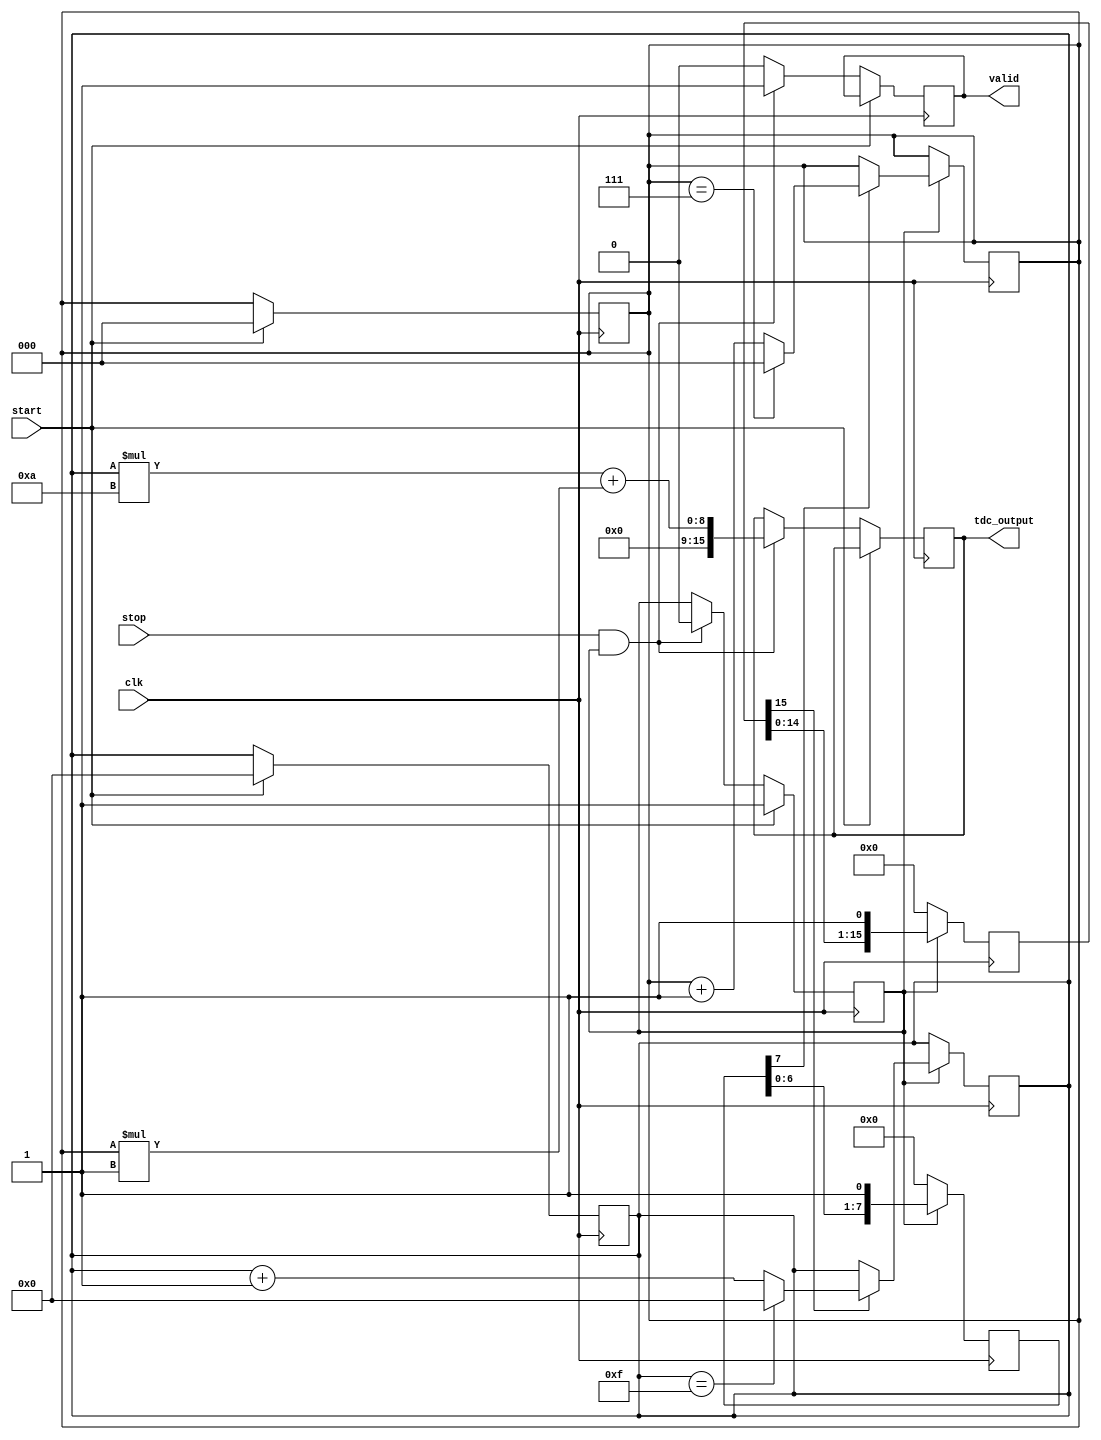
module TDC_Vernier_Delay_Line (
    input wire clk,               // System clock
    input wire start,             // Start pulse
    input wire stop,              // Stop pulse
    output reg [15:0] tdc_output, // 16-bit TDC output
    output reg valid              // Output valid signal
);

    // Parameters for delay line configuration
    parameter COARSE_DELAY_COUNT = 16; // Number of coarse delay elements
    parameter FINE_DELAY_COUNT = 8;     // Number of fine delay elements
    parameter COARSE_DELAY_STEP = 10;   // Coarse delay step in ns
    parameter FINE_DELAY_STEP = 1;      // Fine delay step in ns

    // Internal signals
    reg [3:0] coarse_index; // Index for coarse delay line
    reg [2:0] fine_index;   // Index for fine delay line
    reg measuring;          // Flag to indicate measuring state
    reg [31:0] start_time;  // Start time in clock cycles
    reg [31:0] stop_time;   // Stop time in clock cycles

    // Coarse delay line simulation
    reg [COARSE_DELAY_COUNT-1:0] coarse_delay_line;
    always @(posedge clk) begin
        if (measuring) begin
            coarse_delay_line <= {coarse_delay_line[COARSE_DELAY_COUNT-2:0], 1'b1};
        end else begin
            coarse_delay_line <= 0;
        end
    end

    // Fine delay line simulation
    reg [FINE_DELAY_COUNT-1:0] fine_delay_line;
    always @(posedge clk) begin
        if (measuring) begin
            fine_delay_line <= {fine_delay_line[FINE_DELAY_COUNT-2:0], 1'b1};
        end else begin
            fine_delay_line <= 0;
        end
    end

    // Control logic for start and stop signals
    always @(posedge clk) begin
        if (start) begin
            measuring <= 1'b1;
            coarse_index <= 0;
            fine_index <= 0;
            start_time <= $time; // Capture start time
        end else if (stop && measuring) begin
            measuring <= 1'b0;
            stop_time <= $time; // Capture stop time
            // Calculate the time interval
            tdc_output <= (coarse_index * COARSE_DELAY_STEP) + (fine_index * FINE_DELAY_STEP);
            valid <= 1'b1; // Indicate valid output
        end else begin
            valid <= 1'b0; // Reset valid signal
        end
    end

    // Coarse and fine index update logic
    always @(posedge clk) begin
        if (measuring) begin
            if (coarse_delay_line[COARSE_DELAY_COUNT-1]) begin
                coarse_index <= coarse_index + 1;
                if (coarse_index == COARSE_DELAY_COUNT - 1) begin
                    coarse_index <= 0; // Reset coarse index
                end
            end
            if (fine_delay_line[FINE_DELAY_COUNT-1]) begin
                fine_index <= fine_index + 1;
                if (fine_index == FINE_DELAY_COUNT - 1) begin
                    fine_index <= 0; // Reset fine index
                end
            end
        end
    end

endmodule